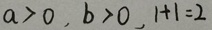
a > 0 , b > 0 , 1 + 1 = 2